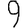
Digit: 9